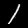
Digit: 1